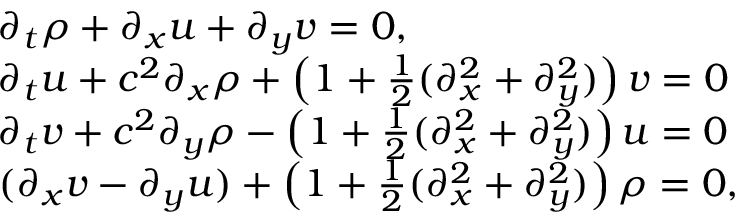
\begin{array} { r l } & { \partial _ { t } \rho + \partial _ { x } u + \partial _ { y } v = 0 , } \\ & { \partial _ { t } u + c ^ { 2 } \partial _ { x } \rho + \left( 1 + \frac { 1 } { 2 } ( \partial _ { x } ^ { 2 } + \partial _ { y } ^ { 2 } ) \right) v = 0 } \\ & { \partial _ { t } v + c ^ { 2 } \partial _ { y } \rho - \left( 1 + \frac { 1 } { 2 } ( \partial _ { x } ^ { 2 } + \partial _ { y } ^ { 2 } ) \right) u = 0 } \\ & { ( \partial _ { x } v - \partial _ { y } u ) + \left( 1 + \frac { 1 } { 2 } ( \partial _ { x } ^ { 2 } + \partial _ { y } ^ { 2 } ) \right) \rho = 0 , } \end{array}